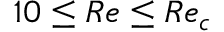
1 0 \leq R e \leq R e _ { c }